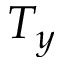
T _ { y }